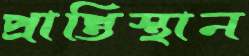
প্রাপ্তিস্থান